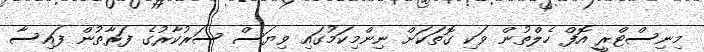
މިނިސްޓްރީ އޮފް ހެލްތުން ވަކި ގޮތަކަށް ނިންމިކަމުގައި ވިޔަސް ސަރުކާރުގެ ފަރާތުން ފައިސާ